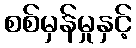
စစ်မှန်မှုနှင့်